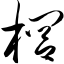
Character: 榈